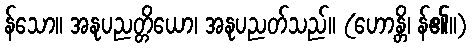
န်သော။ အနုပညတ္တိယော၊ အနုပညတ်သည်။ (ဟောန္တိ၊ န်၏။)